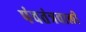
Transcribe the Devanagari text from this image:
पंचतंत्रवाली